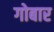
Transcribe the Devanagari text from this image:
गोबार